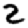
Digit: 2